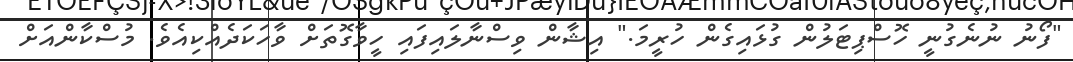
"ފޯނު ނުނެގުނީ ހޮސްޕިޓަލުން ގުޅައިގެން ހުރީމަ." އިޝާން ވިސްނާލައިފައި ހީވާގޮތަށް ވާހަކަދެއްކިއެވެ. މުސްކާންއަށް